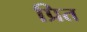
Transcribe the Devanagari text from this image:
प्रित